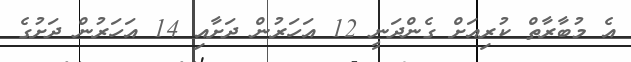
އެ މުބާރާތް ކުރިއަށް ގެންދަނީ 12 އަހަރުން ދަށާއި 14 އަހަރުން ދަށުގެ